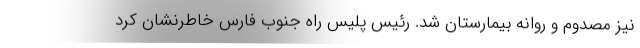
نیز مصدوم و روانه بیمارستان شد. رئیس پلیس راه جنوب فارس خاطرنشان کرد